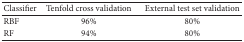
| Classifier | Tenfold cross validation | External test set validation |
 | --- | --- | --- |
 | RBF | 96% | 80% |
 | RF | 94% | 80% |